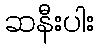
ဆနီးပါး